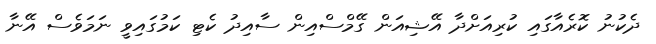
ދެކުނު ކޮރެއާގައި ކުރިއަށްދާ އޭޝިއަން ގޭމްސްއިން ސާއިދު ކެޓި ކަމުގައިވީ ނަމަވެސް އޭނާ